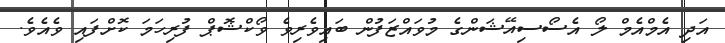
އަދި އެމްއެމް ލޯ އެސޯސިއޭޝަންގެ މުވައްޒަފުން ބައިވެރިވެ ވޯކްޝޮޕް ފުރިހަމަ ކޮށްފައި ވެއެވެ.